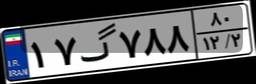
۱۷گ۷۸۸۸۰